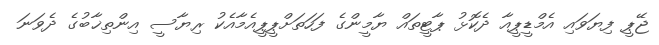
ޖޭޕީ ފިޔަވައި އެމްޑީޕީއާ ދެކޮޅު ޕާޓީތައް ޔާމީންގެ ފަހަތަށްޕީޕީއެމާއެކު ރިޔާސީ އިންތިޚާބުގެ ދެވަނަ